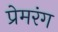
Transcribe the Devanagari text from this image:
प्रेमरंग